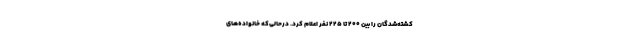
کشته‌شدگان را بین 200 تا 225 نفر اعلام کرد. در‌حالی‌که خانواده‌های